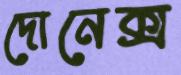
দোনেক্স